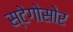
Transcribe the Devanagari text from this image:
स्टेगोसोर